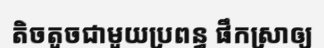
តិចតួចជាមួយប្រពន្ធ ផឹកស្រាឲ្យ